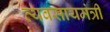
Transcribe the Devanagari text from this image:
व्यवसायमंत्री